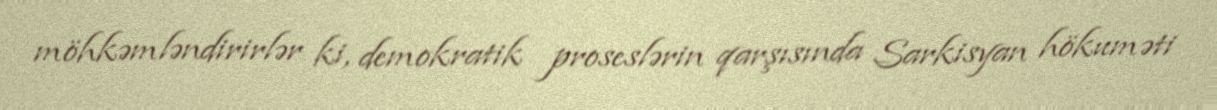
möhkəmləndirirlər ki, demokratik proseslərin qarşısında Sarkisyan hökuməti